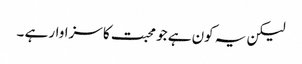
لیکن یہ کون ہے جو محبت کا سزاوار ہے ۔